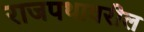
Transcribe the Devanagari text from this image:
राजपथावरील